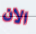
الان